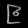
Digit: ၉